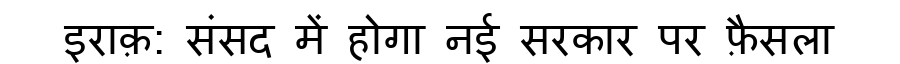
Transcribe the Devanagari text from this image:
इराक़: संसद में होगा नई सरकार पर फ़ैसला